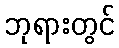
ဘုရားတွင်